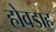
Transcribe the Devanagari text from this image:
होवडाह